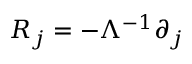
R _ { j } = - \Lambda ^ { - 1 } \partial _ { j }